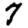
Digit: 7